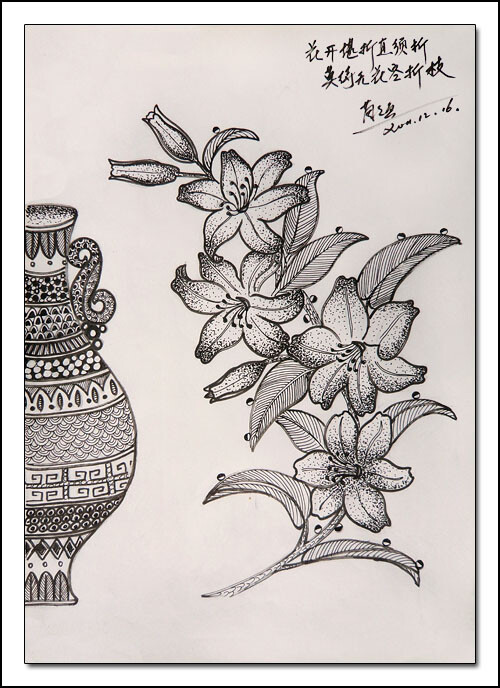
花开堪折直须折，莫待无花空折枝。